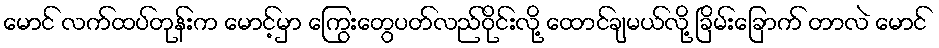
မောင် လက်ထပ်တုန်းက မောင့်မှာ ကြွေးတွေပတ်လည်ဝိုင်းလို့ ထောင်ချမယ်လို့ ခြိမ်းခြောက် တာလဲ မောင်